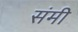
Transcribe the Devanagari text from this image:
संमी